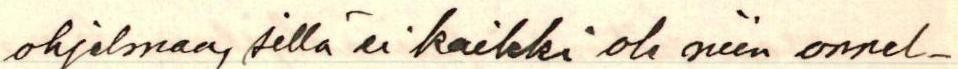
ohjelmaa, sillä ei kaikki ole niin onnel-